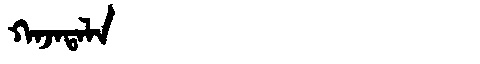
Manchu: ᡴᠠᠵᠠᡨᠠᠯᠠ
Romanization: KAJATALA